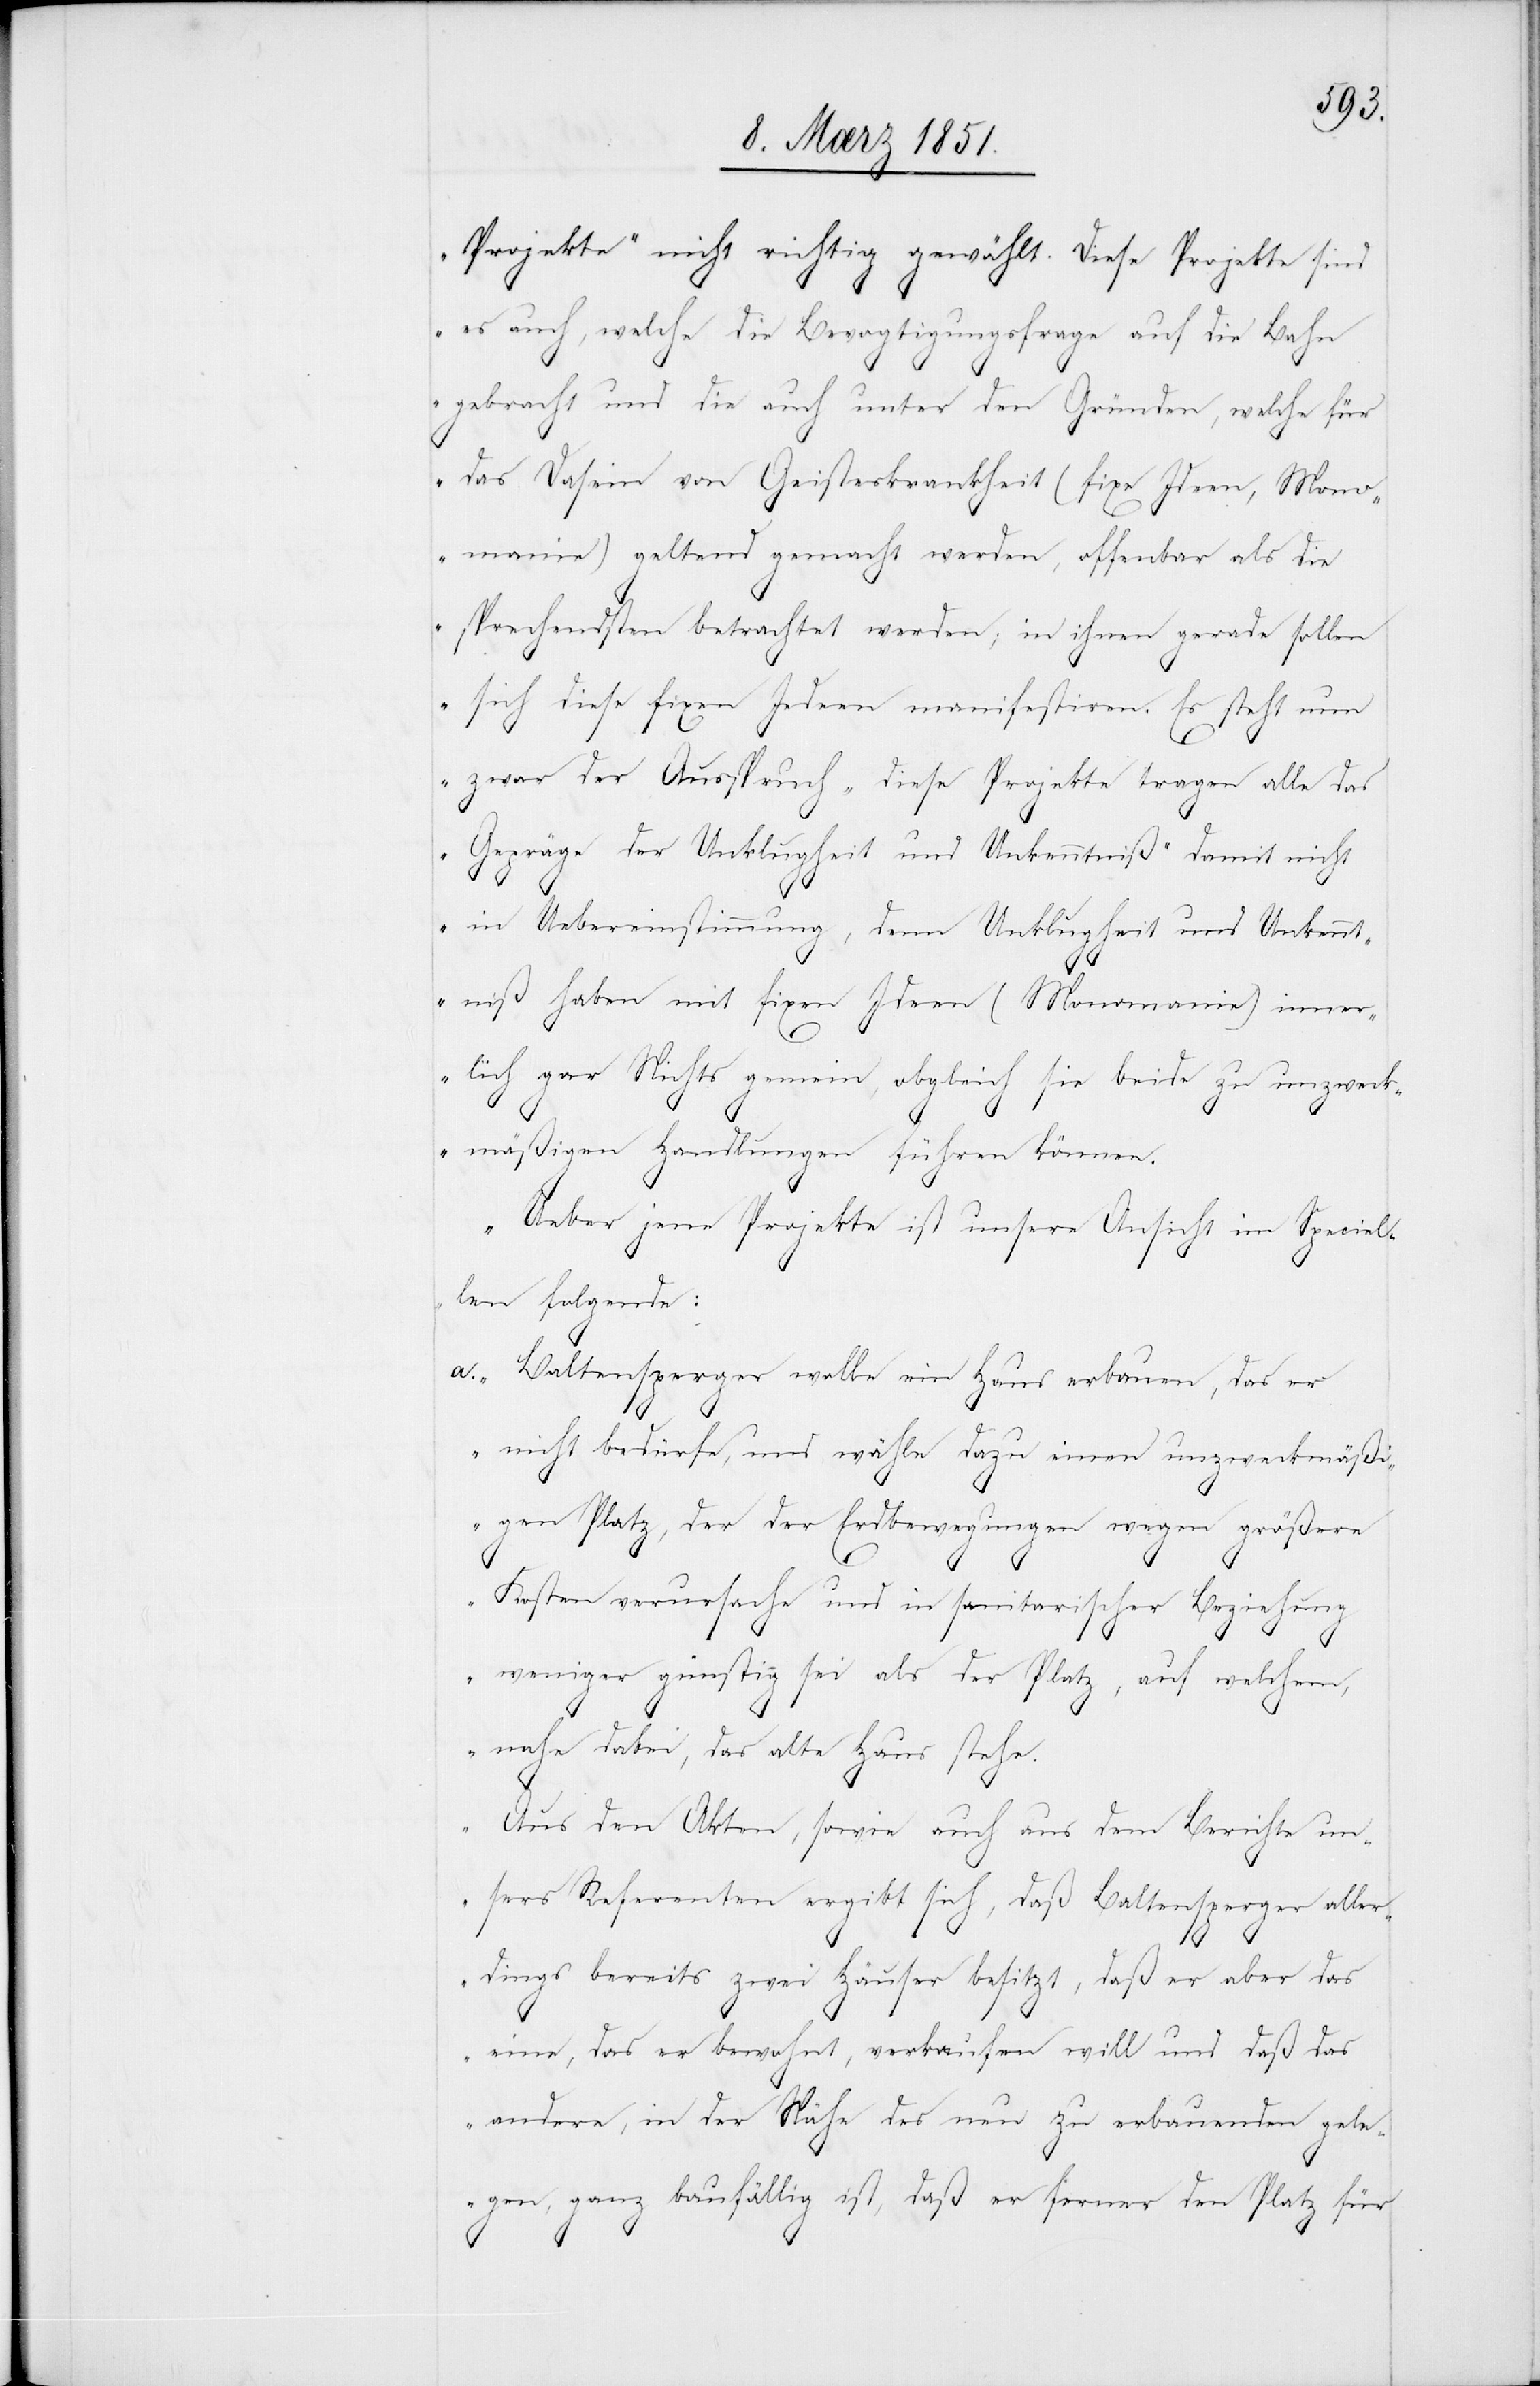
Projekte‘ nicht richtig gewählt. Diese Projekte sind
es auch, welche die Bevogtigungsfrage auf die Bahn
gebracht und die auch unter den Gründen, welche für
das Dasein von Geisteskrankheit (fixe Ideen, Mono¬
manie) geltend gemacht werden, offenbar als die
sprechendsten betrachtet werden; in ihnen gerade sollen
sich diese fixen Iedeen [recte: Ideen] manifestiren. Es steht nun
zwar der Ausspruch ‚diese Projekte tragen alle das
Gepräge der Unklugheit und Unkenntniß‘ damit nicht
in Uebereinstimmung, denn Unklugheit und Unkennt¬
niß haben mit fixen Ideen (Monomanie) inne¬
rlich gar Nichts gemein, obgleich sie beide zu unzweck¬
mäßigen Handlungen führen können.
Ueber jene Projekte ist unsere Ansicht im Speciel¬
len folgende:
Baltensperger wolle ein Haus erbauen, das er
nicht bedürfe, und wähle dazu einen unzweckmäßi¬
gen Platz, der der Erdbewegungen wegen größere
Kosten verursache und in sanitarischer Beziehung
weniger günstig sei als der Platz, auf welchem,
nahe dabei, das alte Haus stehe.
Aus den Akten, sowie auch aus dem Berichte un¬
sers Referenten ergibt sich, daß Baltensperger aller¬
dings bereits zwei Häuser besitzt, daß er aber das
eine, das er bewohnt, verkaufen will und daß das
andere, in der Nähe des neu zu erbauenden gele¬
gen, ganz baufällig ist, daß er ferner den Platz für